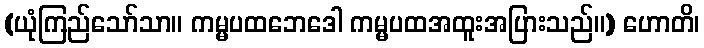
(ယုံကြည်သော်သာ။ ကမ္မပထဘေဒေါ ကမ္မပထအထူးအပြားသည်။) ဟောတိ၊